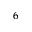
_ 6